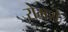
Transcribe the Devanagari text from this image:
रोमशे